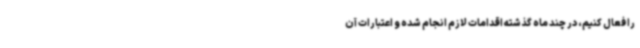
را فعال کنیم، در چند ماه گذشته اقدامات لازم انجام شده و اعتبارات آن